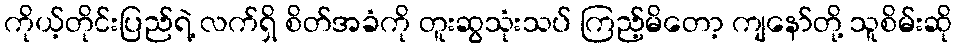
ကိုယ့်တိုင်းပြည်ရဲ့ လက်ရှိ စိတ်အခံကို တူးဆွသုံးသပ် ကြည့်မိတော့ ကျနော်တို့ သူစိမ်းဆို